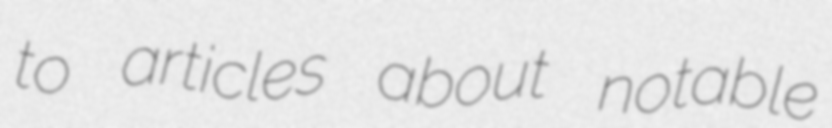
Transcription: to articles about notable